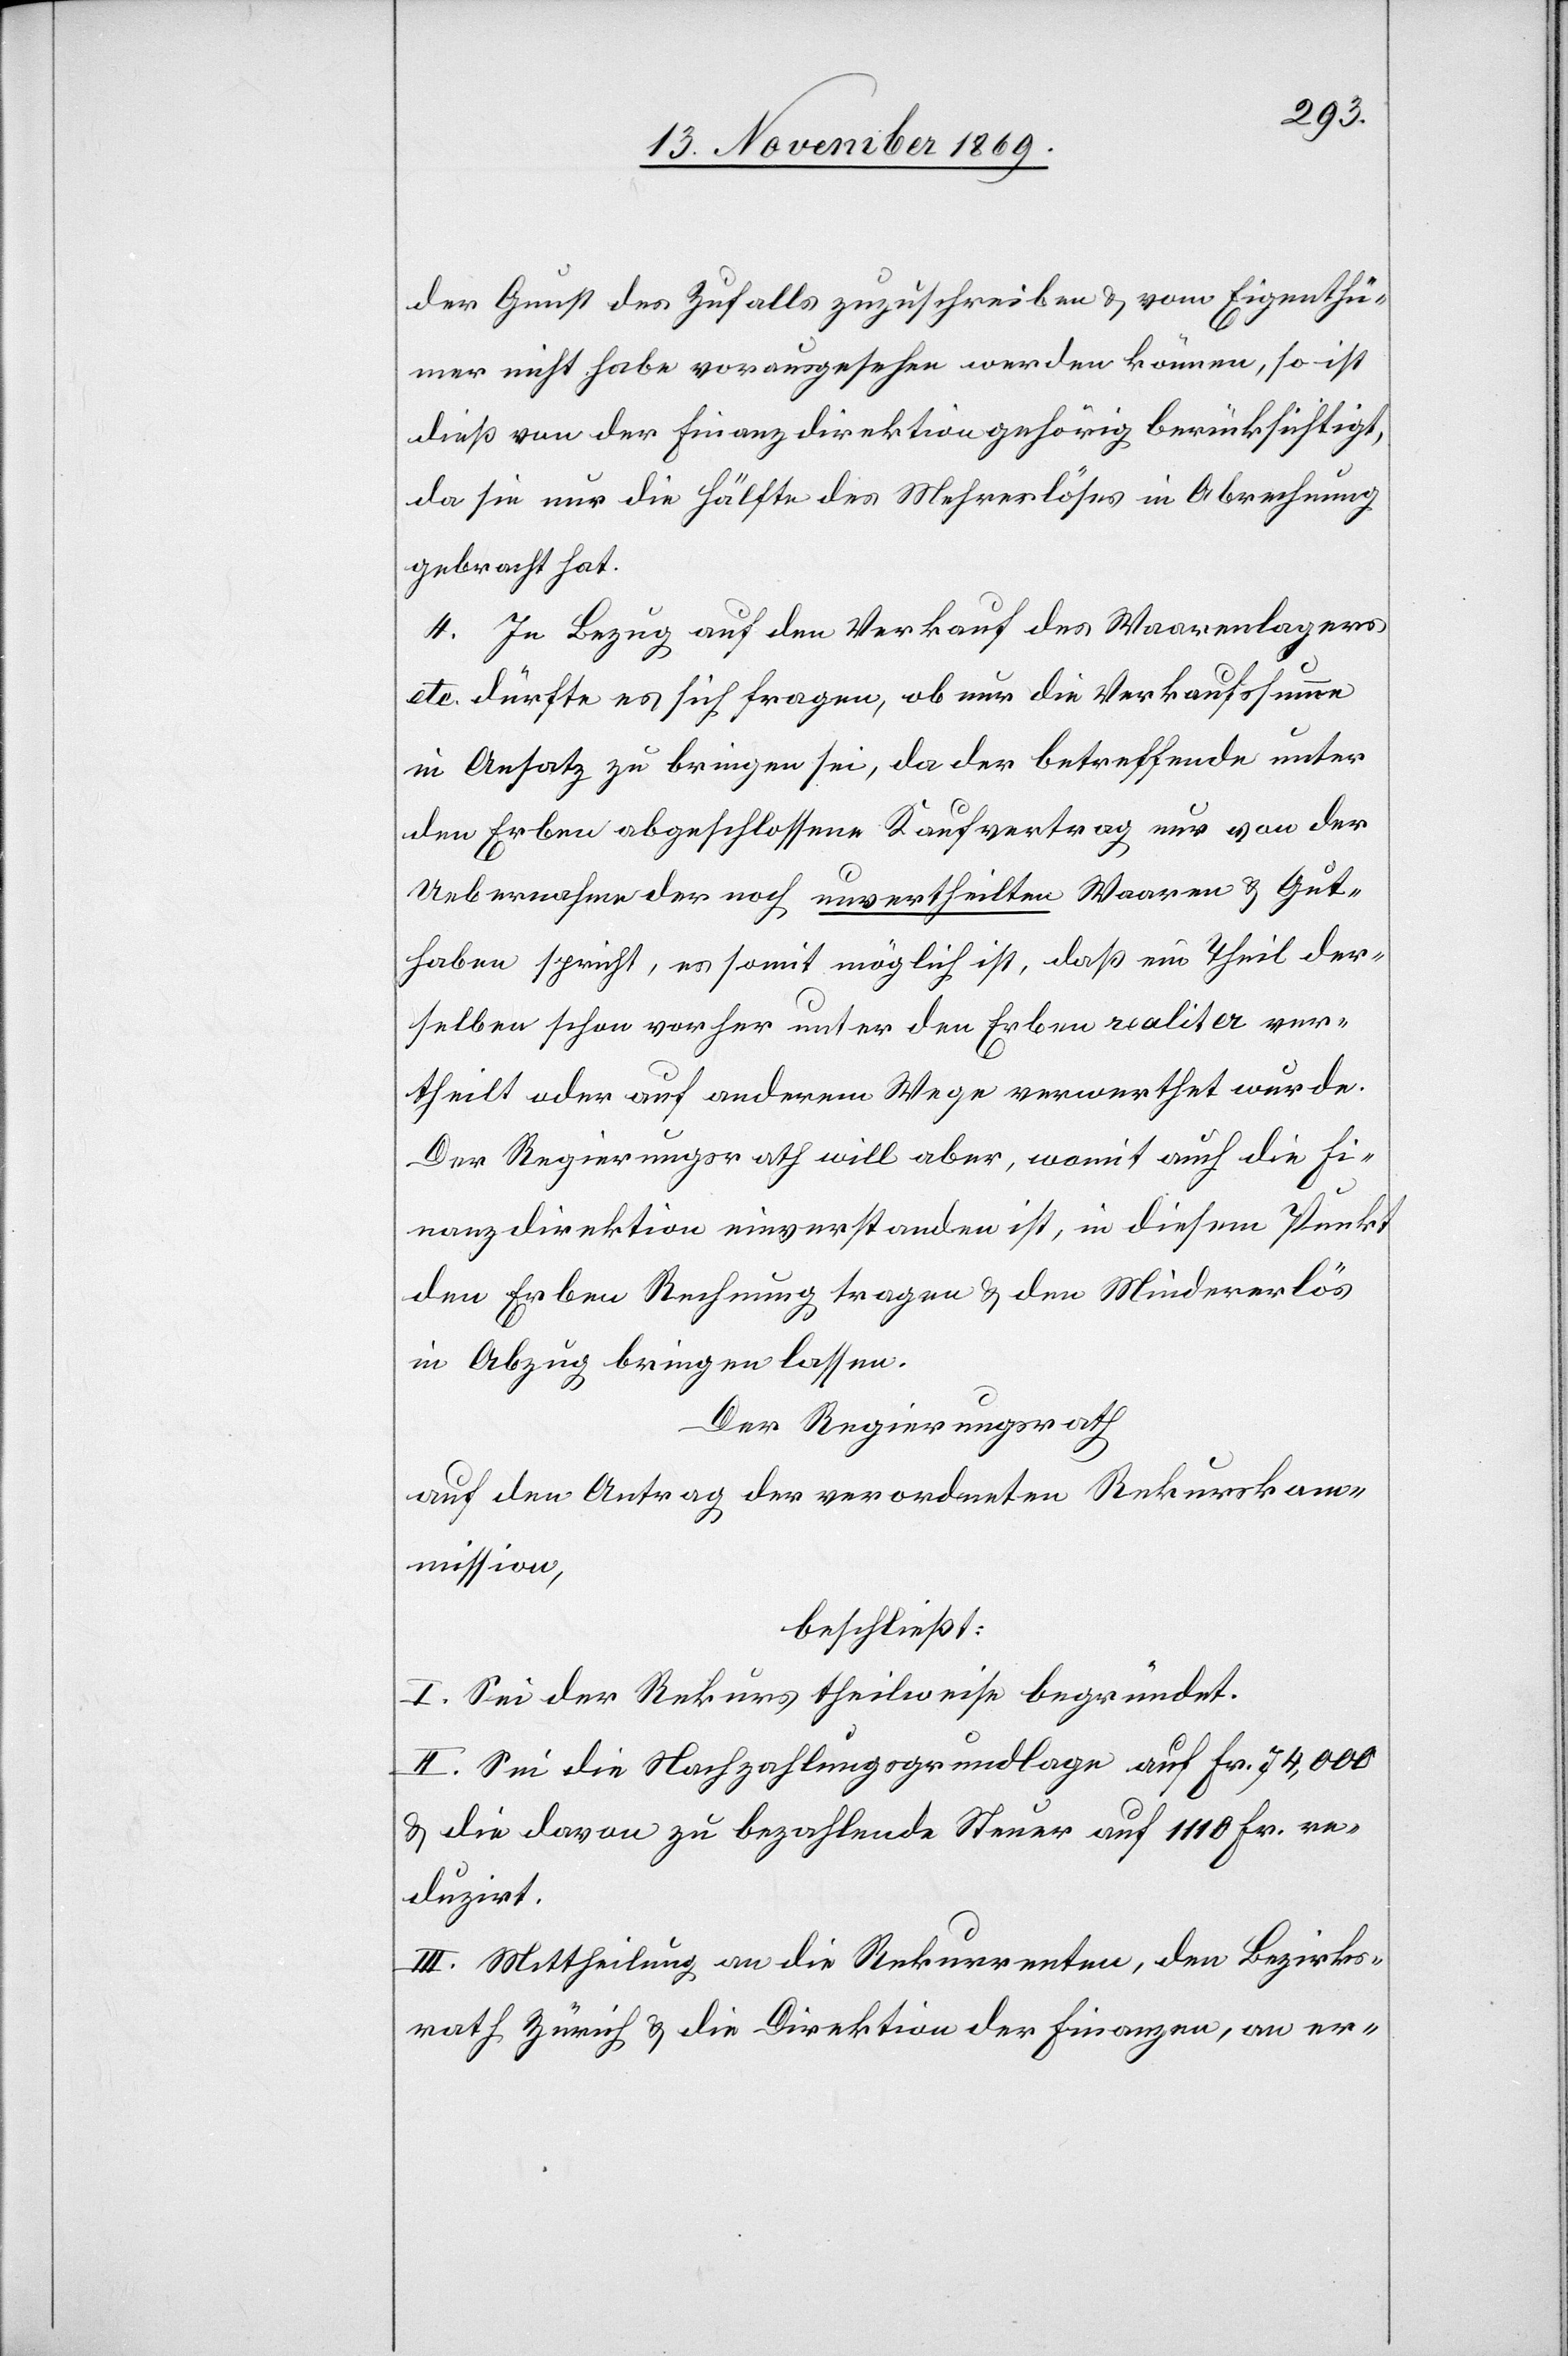
der Gunst des Zufalls zuzuschreiben & vom Eigenthü¬
mer nicht habe vorausgesehen werden können, so ist
dieß von der Finanzdirektion gehörig berücksichtigt,
da sie nur die Hälfte des Mehrerlöses in Abrechnung
gebracht hat.
4. In Bezug auf den Verkauf des Waarenlagers
etc. dürfte es sich fragen, ob nur die Verkaufssumme
in Ansatz zu bringen sei, da der betreffende unter
den Erben abgeschlossene Kaufvertrag nur von der
Uebernahme der noch unvertheilten Waaren & Gut¬
haben spricht, es somit möglich ist, daß ein Theil der¬
selben schon vorher unter den Erben realiter ver¬
theilt oder auf anderem Wege verwerthet wurde.
Der Regierungsrath will aber, womit auch die Fi¬
nanzdirektion einverstanden ist, in diesem Punkt
den Erben Rechnung tragen & den Mindererlös
in Abzug bringen lassen.
Der Regierungsrath
auf den Antrag der verordneten Rekurskom¬
mission,
beschließt:
I. Sei der Rekurs theilweise begründet.
II. Sei die Nachzahlungsgrundlage auf Fr. 74,000
& die davon zu bezahlende Steuer auf 1110 Fr. re¬
duzirt.
III. Mittheilung an die Rekurrenten, den Bezirks¬
rath Zürich & die Direktion der Finanzen, an er-